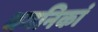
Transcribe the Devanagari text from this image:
धमनिकां